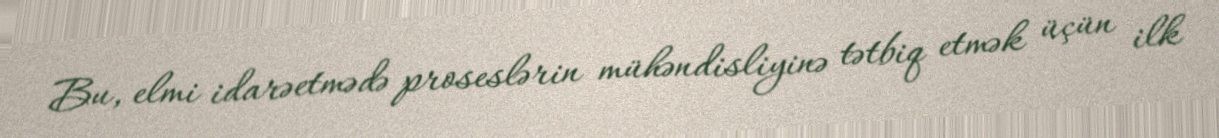
Bu, elmi idarəetmədə proseslərin mühəndisliyinə tətbiq etmək üçün ilk